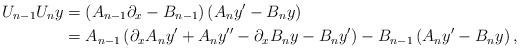
LaTeX: \begin{align*}U_{n-1}U_{n}y & =\left( A_{n-1}\partial_{x}-B_{n-1}\right) \left(A_{n}y^{\prime}-B_{n}y\right) \\& =A_{n-1}\left( \partial_{x}A_{n}y^{\prime}+A_{n}y^{\prime\prime}-\partial_{x}B_{n}y-B_{n}y^{\prime}\right) -B_{n-1}\left( A_{n}y^{\prime}-B_{n}y\right) ,\end{align*}